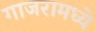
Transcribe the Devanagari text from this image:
गाजरामध्ये